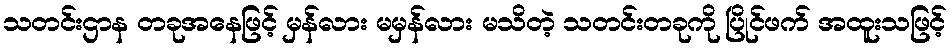
သတင်းဌာန တခုအနေဖြင့် မှန်လား မမှန်လား မသိတဲ့ သတင်းတခုကို ပြိုင်ဖက် အထူးသဖြင့်